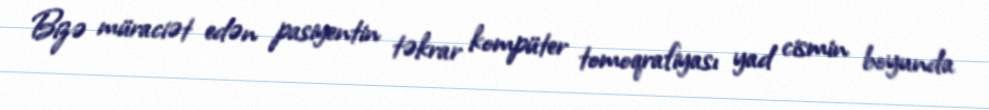
Bizə müraciət edən pasiyentin təkrar kompüter tomoqrafiyası yad cismin boyunda